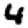
Digit: 4